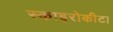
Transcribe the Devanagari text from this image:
स्काइरोकीटा